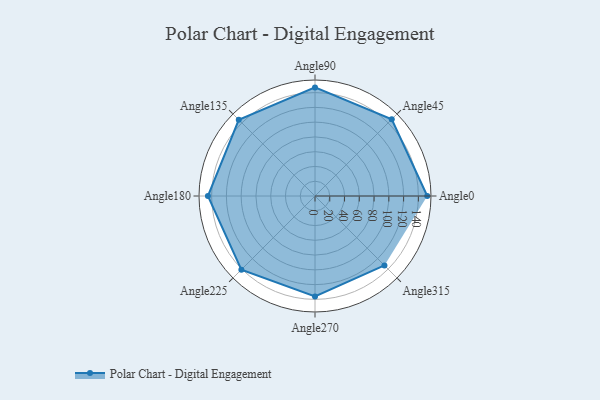
{"axis": {"x": "Angle", "y": "Radius"}, "legend": [""], "data": [{"x": "Angle0", "y": 152.0, "type": ""}, {"x": "Angle45", "y": 147.0, "type": ""}, {"x": "Angle90", "y": 147.0, "type": ""}, {"x": "Angle135", "y": 146.0, "type": ""}, {"x": "Angle180", "y": 145.0, "type": ""}, {"x": "Angle225", "y": 141.0, "type": ""}, {"x": "Angle270", "y": 136.0, "type": ""}, {"x": "Angle315", "y": 133.0, "type": ""}]}